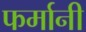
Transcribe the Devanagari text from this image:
फर्मानी